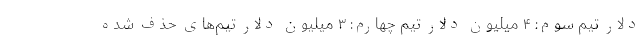
دلار تیم سوم: ۴ میلیون دلار تیم چهارم: ۳ میلیون دلار تیم‌های حذف شده